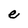
Character: e